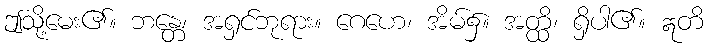
ဤသို့မေး၏။ ဘန္တေ၊ အရှင်ဘုရား။ ဂေဟေ၊ အိမ်၌။ အတ္ထိ၊ ရှိပါ၏။ ဣတိ